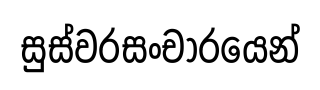
සුස්වරසංචාරයෙන්